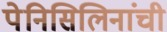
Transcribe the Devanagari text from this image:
पेनिसिलिनांची